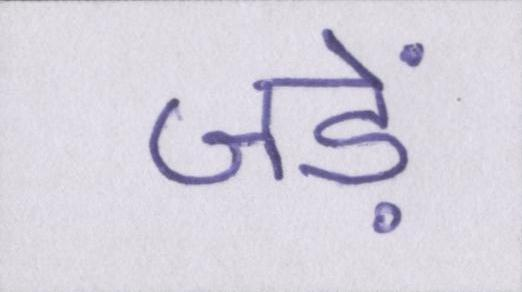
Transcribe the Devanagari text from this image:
जड़ें